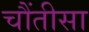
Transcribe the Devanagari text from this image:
चौंतीसा